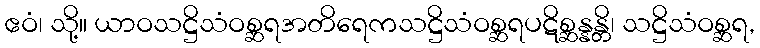
ဧဝံ၊ သို့။ ယာဝသဋ္ဌိသံဝစ္ဆရအတိရေကသဋ္ဌိသံဝစ္ဆရပဋိစ္ဆန္နန္တိ၊ သဋ္ဌိသံဝစ္ဆရ,